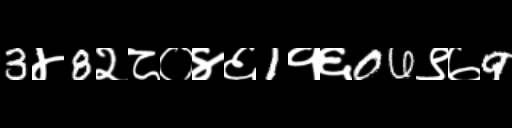
Text: 3४8२८०४६1१६06९७9